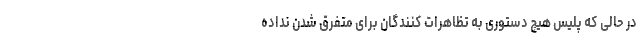
در حالی که پلیس هیچ دستوری به تظاهرات کنندگان برای متفرق شدن نداده